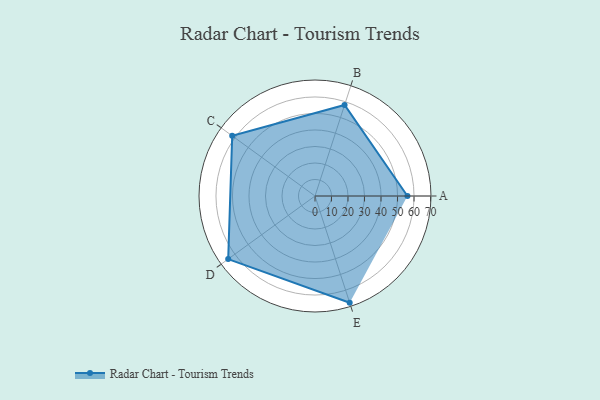
{"axis": {"x": "Skill", "y": "Score"}, "legend": ["Profile"], "data": [{"x": "A", "y": 56.0, "type": "Profile"}, {"x": "B", "y": 58.0, "type": "Profile"}, {"x": "C", "y": 62.0, "type": "Profile"}, {"x": "D", "y": 65.0, "type": "Profile"}, {"x": "E", "y": 68.0, "type": "Profile"}]}